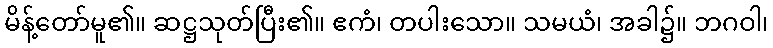
မိန့်တော်မူ၏။ ဆဋ္ဌသုတ်ပြီး၏။ ဧကံ၊ တပါးသော။ သမယံ၊ အခါ၌။ ဘဂဝါ၊